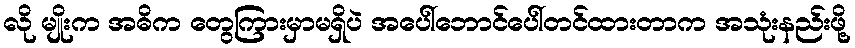
လို မျိုးက အဓိက တွေကြားမှာမရှိပဲ အပေါ်ဘောင်ပေါ်တင်ထားတာက အသုံးနည်းဖို့